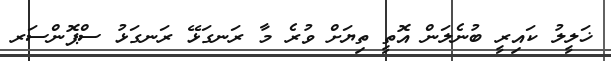
ޚަލީލު ކައިރީ ބުނެލަން އޮތީ ތިޔަށް ވުރެ މާ ރަނގަޅޭ ރަނގަޅު ސްޕޮންސަރ